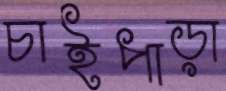
চাইপাড়া